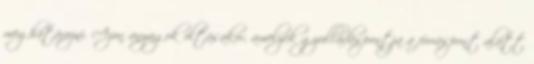
meghatározni. Azon anyagok oltásakor, amelyek gyulladáspontja a forráspont alatt